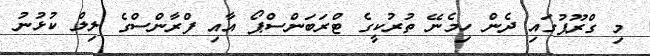
މި ގްރޫޕުގައި ދެން ހިމެނޭ ތުރުކީގެ ޓްރަބަންސްޕޯ އާއި ފްރާންސްގެ ލިލް ކުޅުނު